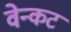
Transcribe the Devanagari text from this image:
वेन्कट